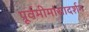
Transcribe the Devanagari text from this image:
पूर्वमीमांसादर्शन